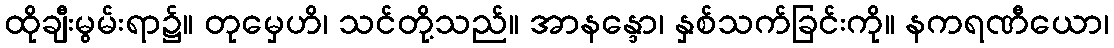
ထိုချီးမွမ်းရာ၌။ တုမှေဟိ၊ သင်တို့သည်။ အာနန္ဒော၊ နှစ်သက်ခြင်းကို။ နကရဏီယော၊